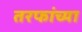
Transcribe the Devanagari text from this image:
तरफांच्या